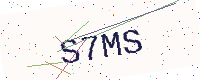
Text: S7MS